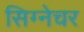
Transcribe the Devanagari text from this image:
सिग्‍नेचर